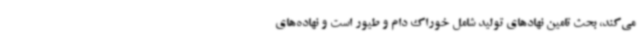
می‌کند، بحث تامین نهادهای تولید شامل خوراک دام و طیور است و نهاده‌های